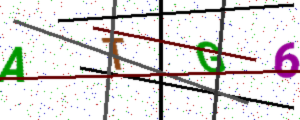
Text: ATG6